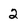
Character: 2